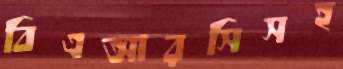
বিএআরসিসহ